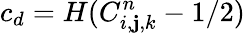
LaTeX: c_{d}=H(C_{i,\mathbf{j},k}^{n}-1/2)